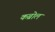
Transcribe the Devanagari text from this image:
कब्रोल